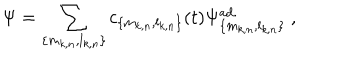
\Psi = \sum _ { \{ m _ { k , n } , l _ { k , n } \} } c _ { \{ m _ { k , n } , l _ { k , n } \} } ( t ) \Psi _ { \{ m _ { k , n } , l _ { k , n } \} } ^ { \mathrm { a d . } } \ ,